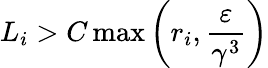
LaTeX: L_{i}>C\operatorname*{max}\left(r_{i},{\frac{\varepsilon}{\gamma^{3}}}\right)